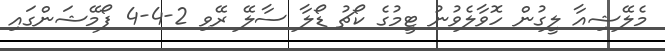
މެލޭޝިއާ ލީގުން ހޮވާލެވުނު ޓީމުގެ ކޯޗު ޑޯލާ ސާލޭ ރޭވި 2-4-4 ފޯމޭޝަންގައި